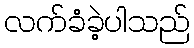
လက်ခံခဲ့ပါသည်